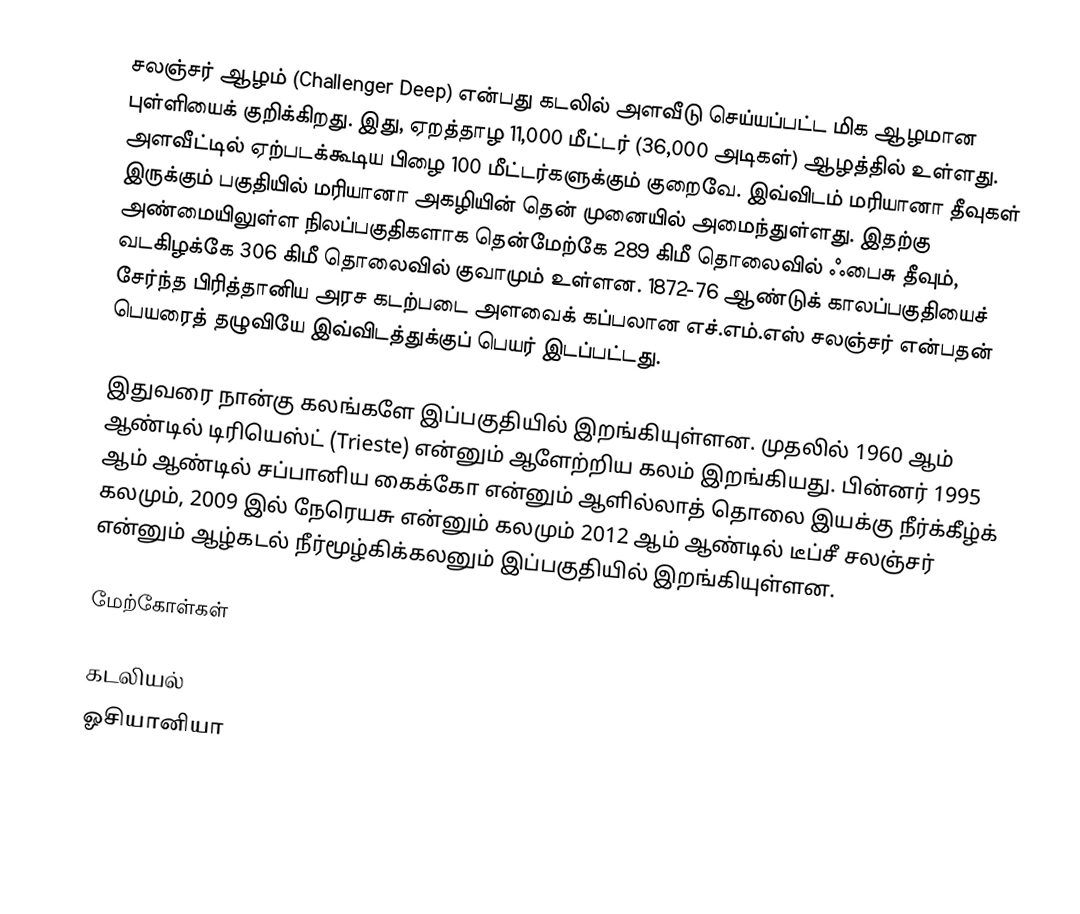
சலஞ்சர் ஆழம் (Challenger Deep) என்பது கடலில் அளவீடு செய்யப்பட்ட மிக ஆழமான புள்ளியைக் குறிக்கிறது. இது, ஏறத்தாழ 11,000 மீட்டர் (36,000 அடிகள்) ஆழத்தில் உள்ளது. அளவீட்டில் ஏற்படக்கூடிய பிழை 100 மீட்டர்களுக்கும் குறைவே. இவ்விடம் மரியானா தீவுகள் இருக்கும் பகுதியில் மரியானா அகழியின் தென் முனையில் அமைந்துள்ளது. இதற்கு அண்மையிலுள்ள நிலப்பகுதிகளாக தென்மேற்கே 289 கிமீ தொலைவில் ஃபைசு தீவும், வடகிழக்கே 306 கிமீ தொலைவில் குவாமும் உள்ளன. 1872-76 ஆண்டுக் காலப்பகுதியைச் சேர்ந்த பிரித்தானிய அரச கடற்படை அளவைக் கப்பலான எச்.எம்.எஸ் சலஞ்சர் என்பதன் பெயரைத் தழுவியே இவ்விடத்துக்குப் பெயர் இடப்பட்டது.

இதுவரை நான்கு கலங்களே இப்பகுதியில் இறங்கியுள்ளன. முதலில் 1960 ஆம் ஆண்டில் டிரியெஸ்ட் (Trieste) என்னும் ஆளேற்றிய கலம் இறங்கியது. பின்னர் 1995 ஆம் ஆண்டில் சப்பானிய கைக்கோ என்னும் ஆளில்லாத் தொலை இயக்கு நீர்க்கீழ்க் கலமும், 2009 இல் நேரெயசு என்னும் கலமும் 2012 ஆம் ஆண்டில் டீப்சீ சலஞ்சர் என்னும் ஆழ்கடல் நீர்மூழ்கிக்கலனும்  இப்பகுதியில் இறங்கியுள்ளன.

மேற்கோள்கள்

கடலியல்
ஓசியானியா